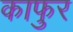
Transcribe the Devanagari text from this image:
काफुर